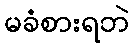
မခံစားရဘဲ